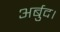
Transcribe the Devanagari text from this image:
अर्बुद।